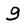
Character: 9